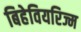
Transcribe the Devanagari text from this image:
बिहेवियरिज्म